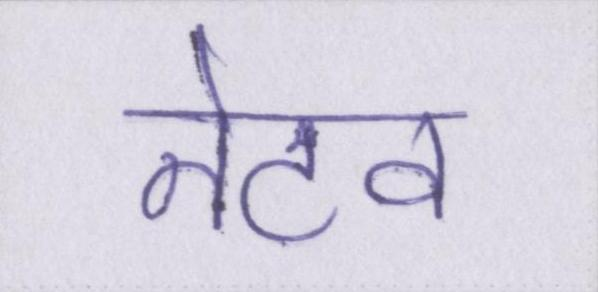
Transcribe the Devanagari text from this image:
नेटव